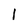
Character: I